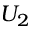
U _ { 2 }